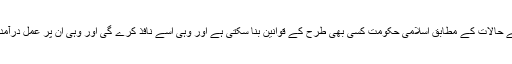
معاشرے کے حالات کے مطابق اسلامی حکومت کسی بھی طرح کے قوانین بنا سکتی ہے اور وہی اسے نافذ کرے گی اور وہی ان پر عمل درآمد کرائے گی۔